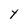
Character: y